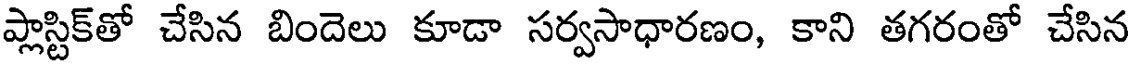
ప్లాస్టిక్తో చేసిన బిందెలు కూడా సర్వసాధారణం, కాని తగరంతో చేసిన